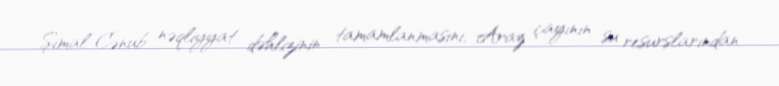
Şimal-Cənub nəqliyyat dəhlizinin tamamlanmasını, Araz çayının su resurslarından